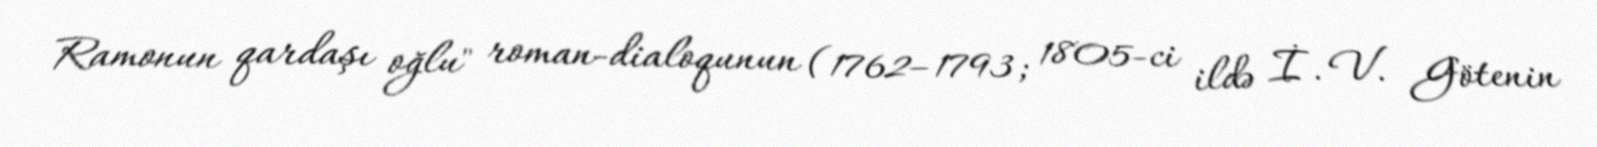
Ramonun qardaşı oğlu" roman-dialoqunun (1762–1793; 1805-ci ildə İ. V. Götenin